Report of the Indian Hemp Drugs Commission, 1894-1895 - Volume V
Year: 1894
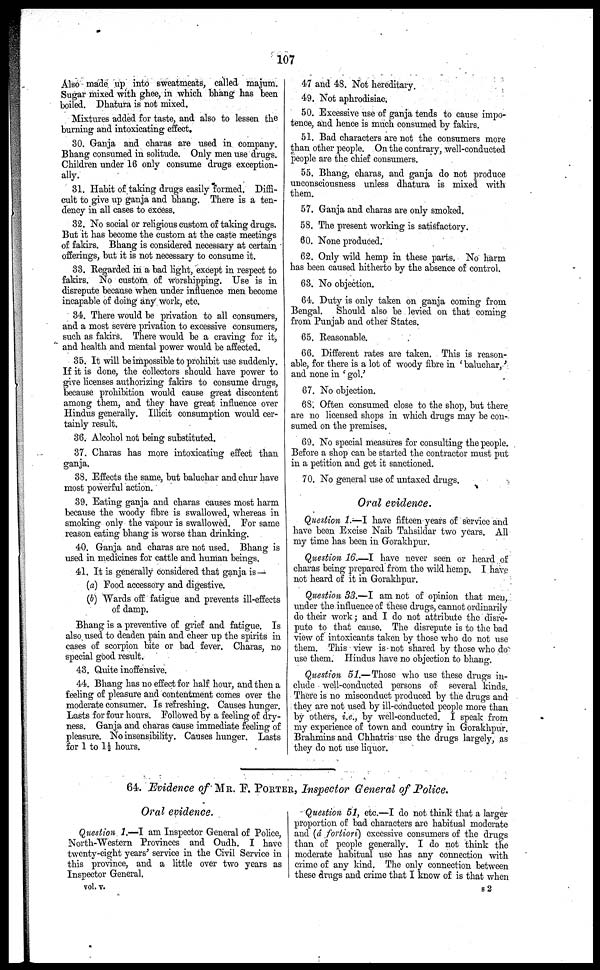
107
Also made up into sweatmeats, called majum.
Sugar mixed with ghee, in which bhang has been
boiled. Dhatura is not mixed.
Mixtures added for taste, and also to lessen the
burning and intoxicating effect.
30. Ganja and charas are used in company.
Bhang consumed in solitude. Only men use drugs.
Children under 16 only consume drugs exception-
ally.
31. Habit of taking drugs easily formed. Diffi-
cult to give up ganja and bhang. There is a ten-
dency in all cases to excess.
32. No social or religious custom of taking drugs.
But it has become the custom at the caste meetings
of fakirs. Bhang is considered necessary at certain
offerings, but it is not necessary to consume it.
33. Regarded in a bad light, except in respect to
fakirs. No custom of worshipping. Use is in
disrepute because when under influence men become
incapable of doing any work, etc.
34. There would be privation to all consumers,
and a most severe privation to excessive consumers,
such as fakirs. There would be a craving for it,
and health and mental power would be affected.
35. It will be impossible to prohibit use suddenly.
If it is done, the collectors should have power to
give licenses authorizing fakirs to consume drugs,
because prohibition would cause great discontent
among them, and they have great influence over
Hindus generally. Illicit consumption would cer-
tainly result.
36. Alcohol not being substituted.
37. Charas has more intoxicating effect than
ganja.
88. Effects the same, but baluchar and chur have
most powerful action.
39. Eating ganja and charas causes most harm
because the woody fibre is swallowed, whereas in
smoking only the vapour is swallowed. For same
reason eating bhang is worse than drinking.
40. Ganja and charas are not used. Bhang is
used in medicines for cattle and human beings.
41. It is generally considered that ganja is —
(a) Food accessory and digestive.
(b) Wards off fatigue and prevents ill-effects
of damp.
Bhang is a preventive of grief and fatigue. Is
also used to deaden pain and cheer up the spirits in
cases of scorpion bite or bad fever. Charas, no
special good result.
43. Chute inoffensive.
44. Bhang has no effect for half hour, and then a
feeling of pleasure and contentment comes over the
moderate consumer. Is refreshing. Causes hunger.
Lasts for four hours. Followed by a feeling of dry-
ness. Ganja and charas cause immediate feeling of
pleasure. No insensibility. Causes hunger. Lasts
for 1 to 1½ hours.
47 and 48. Not hereditary.
49. Not aphrodisiac.
50. Excessive use of ganja tends to cause impo-
tence, and hence is much consumed by fakirs.
51. Bad characters are not the consumers more
than other people. On the contrary, well-conducted
people are the chief consumers.
55. Bhang, charas, and ganja do not produce
unconsciousness unless dhatura is mixed with
them.
57. Ganja and charas are only smoked.
58. The present working is satisfactory.
60. None produced.
62. Only wild hemp in these parts. No harm
has been caused hitherto by the absence of control.
63. No objection.
64. Duty is only taken on ganja coming from
Bengal. Should also be levied on that coming
from Punjab and other States.
65. Reasonable.
66. Different rates are taken. This is reason-
able, for there is a lot of woody fibre in ' baluchar,'
and none in ' gol.'
67. No objection.
68. Often consumed close to the shop, but there
are no licensed shops in which drugs may be con-
sumed on the premises.
69. No special measures for consulting the people.
Before a shop can be started the contractor must put
in a petition and get it sanctioned.
70. No general use of untaxed drugs.
Oral evidence.
Question 1—I have fifteen years of service and
have been Excise Naib Tahsidlar two years. All
my time has been in Gorakhpur.
Question 16.—I have never seen or heard of
charas being prepared from the wild hemp. I have
not heard of it in Gorakhpur.
Question 33.—I am not of opinion that men,
under the influence of these drugs, cannot ordinarily
do their work; and I do not attribute the disre-
pute to that cause. The disrepute is to the bad
view of intoxicants taken by those who do not use
them. This view is not shared by those who do
use them. Hindus have no objection to bhang.
Question 51.—Those who use these drugs in-
clude well-conducted persons of several kinds.
There is no misconduct produced by the drugs and
they are not used by ill-conducted people more than
by others, i.e., by well-conducted. I speak from
my experience of town and country in Gorakhpur.
Brahmins and Chhatris use the drugs largely, as
they do not use liquor.
64. Evidence of MR. F. PORTER, Inspector General of Police.
Oral evidence.
Question 1.—I am Inspector General of Police,
North-Western Provinces and Oudh. I have
twenty-eight years' service in the Civil Service in
this province, and a little over two years as
Inspector General.
Question 51, etc.—I do not think that a larger
proportion of bad characters are habitual moderate
and (â fortiori) excessive consumers of the drugs
than of people generally. I do not think the
moderate habitual use has any connection with
crime of any kind. The only connection between
these drugs and crime that I know of is that when
vol. v.
82